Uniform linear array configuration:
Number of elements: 16
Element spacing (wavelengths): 1
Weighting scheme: binomial
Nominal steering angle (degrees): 45
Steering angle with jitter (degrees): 46.289
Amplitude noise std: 0.05
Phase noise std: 0.05

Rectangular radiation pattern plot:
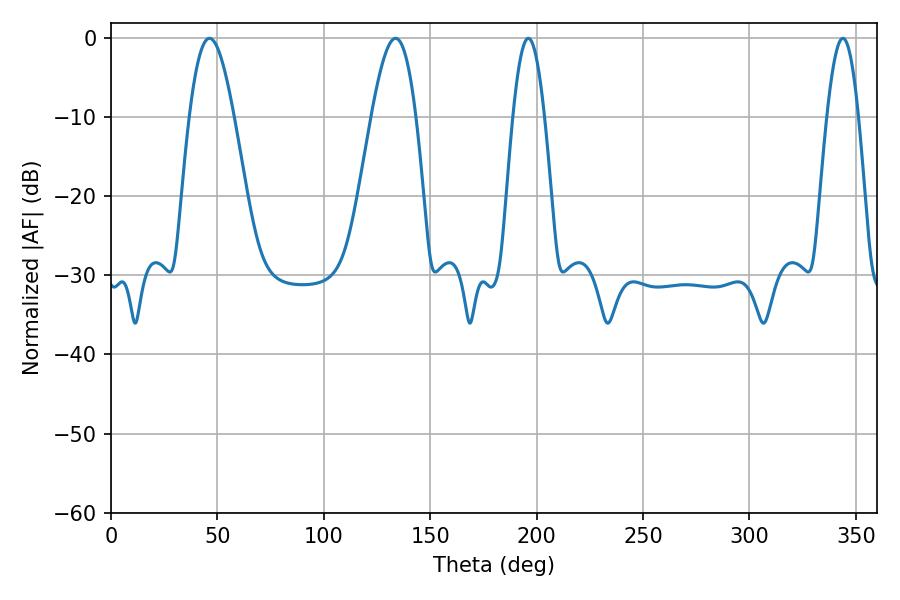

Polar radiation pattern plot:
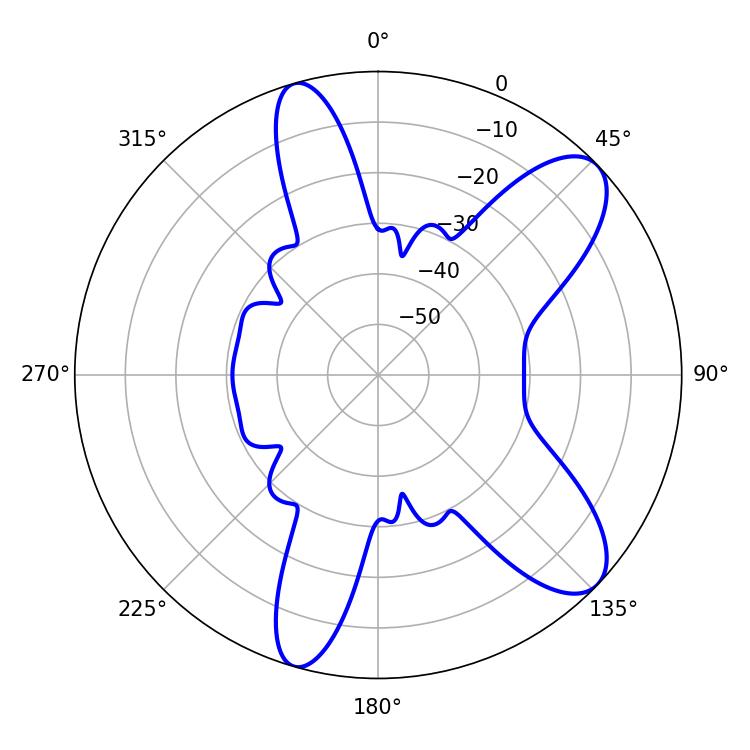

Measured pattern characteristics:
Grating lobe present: TRUE
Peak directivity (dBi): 9.427
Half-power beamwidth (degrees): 11.34
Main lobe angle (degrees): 46.26